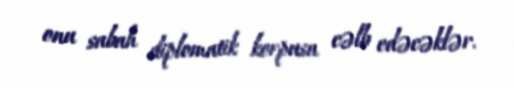
onu sabah diplomatik korpusa cəlb edəcəklər.